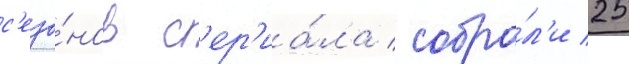
с'езо́нов с'ер'иа́ла собра́л'и 25